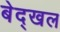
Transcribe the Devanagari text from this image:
बेद्खल